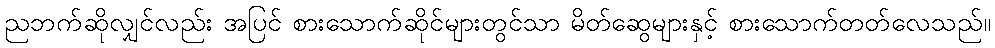
ညဘက်ဆိုလျှင်လည်း အပြင် စားသောက်ဆိုင်များတွင်သာ မိတ်ဆွေများနှင့် စားသောက်တတ်လေသည်။